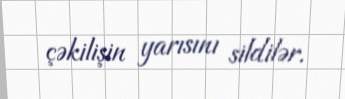
çəkilişin yarısını sildilər.